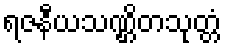
ရဇနီယသဏ္ဌိတသုတ္တံ